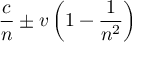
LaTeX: { \frac { c } { n } } \pm v \left( 1 - { \frac { 1 } { n ^ { 2 } } } \right)